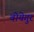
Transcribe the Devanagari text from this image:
वोयेगुर